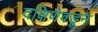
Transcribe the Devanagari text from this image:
दक्षिणेक्डून